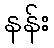
နန်း